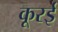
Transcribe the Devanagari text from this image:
कूरई